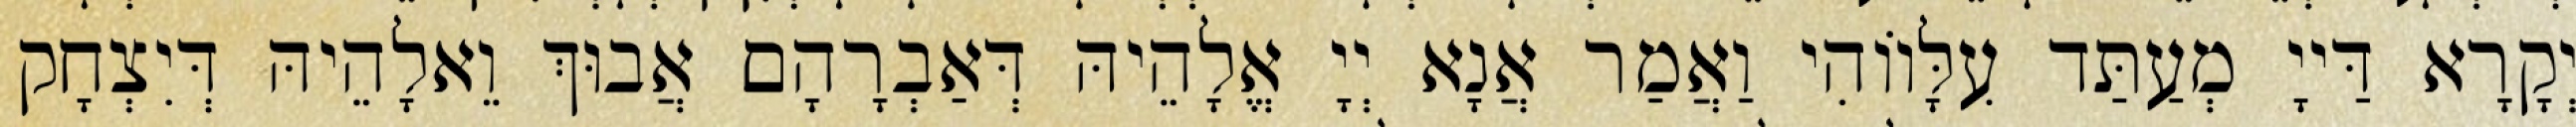
יְקָרָא דַּייָ מְעַתַּד עִלָּווֹהִי וַאֲמַר אֲנָא יְיָ אֱלָהֵיהּ דְּאַבְרָהָם אֲבוּךְ וֵאלָהֵיהּ דְּיִצְחָק